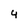
Character: 4